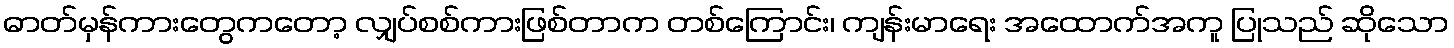
ဓာတ်မှန်ကားတွေကတော့ လျှပ်စစ်ကားဖြစ်တာက တစ်ကြောင်း၊ ကျန်းမာရေး အထောက်အကူ ပြုသည် ဆိုသော